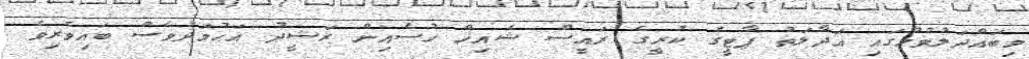
މިބައްދަލުވުމުގައި އަދާލަތު ޕާޓީގެ ކުރީގެ ރައީސް ޝެއިޚް ހުސެއިން ރަޝީދު އަޙުމަދުވެސް ބައިވެރިވެ